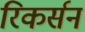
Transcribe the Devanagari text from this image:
रिकर्सन